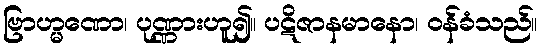
ဗြာဟ္မဏော၊ ပုဏ္ဏားဟူ၍။ ပဋိဇာနမာနော၊ ဝန်ခံသည်။